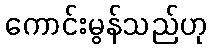
ကောင်းမွန်သည်ဟု